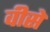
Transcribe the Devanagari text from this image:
वीसे